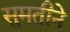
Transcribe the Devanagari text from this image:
सुमतीने